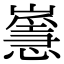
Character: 𡽸